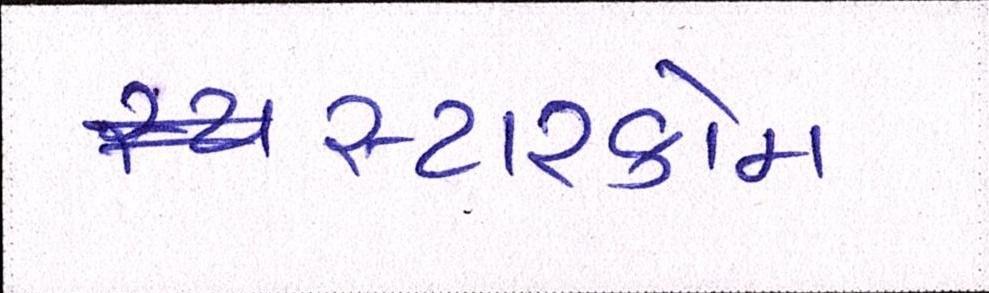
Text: સ્ટારકોમ